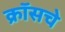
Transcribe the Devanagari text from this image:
क्रॉसचे